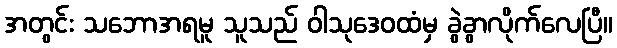
အတွင်း သဘောအရမူ သူသည် ဝါသုဒေဝထံမှ ခွဲခွာလိုက်လေပြီ။